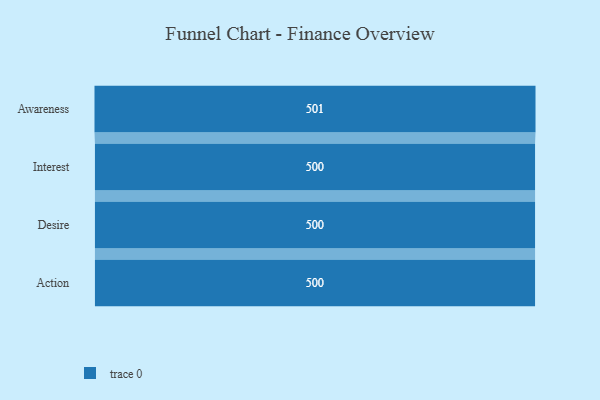
{"axis": {"x": "Stage", "y": "Value"}, "legend": [""], "data": [{"x": "Awareness", "y": 501.0, "type": ""}, {"x": "Interest", "y": 500, "type": ""}, {"x": "Desire", "y": 500, "type": ""}, {"x": "Action", "y": 500, "type": ""}]}